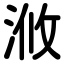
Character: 浟